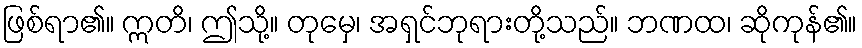
ဖြစ်ရာ၏။ ဣတိ၊ ဤသို့။ တုမှေ၊ အရှင်ဘုရားတို့သည်။ ဘဏထ၊ ဆိုကုန်၏။